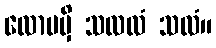
လောမမှိ သလလံ သလံ။